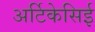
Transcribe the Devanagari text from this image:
अर्टिकेसिई